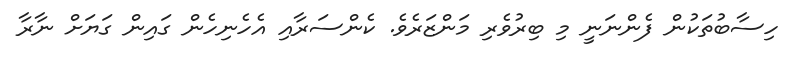
ހިސާބުތަކުން ފެންނަނީ މި ބިރުވެރި މަންޒަރެވެ. ކެންސަރާއި އެހެނިހެން ގައިން ގަޔަށް ނާރާ